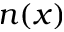
n ( x )